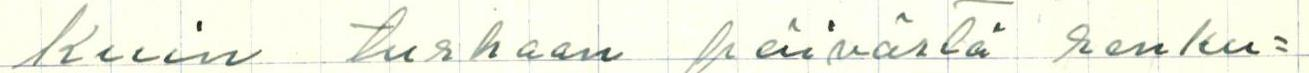
kuin turhaan päivästä renku=